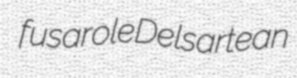
fusarole Delsartean